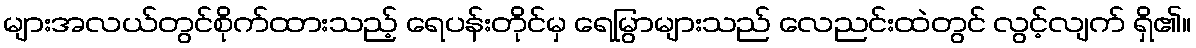
များအလယ်တွင်စိုက်ထားသည့် ရေပန်းတိုင်မှ ရေမြွာများသည် လေညင်းထဲတွင် လွင့်လျက် ရှိ၏။